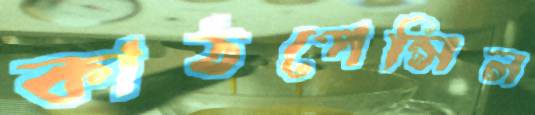
কাঠপেন্সিল